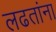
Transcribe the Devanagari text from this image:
लढतांना